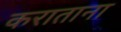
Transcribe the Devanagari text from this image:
कराताना